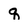
Character: q